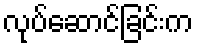
လုပ်ဆောင်ခြင်းက